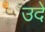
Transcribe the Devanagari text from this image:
उदे